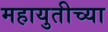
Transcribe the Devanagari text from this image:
महायुतीच्या